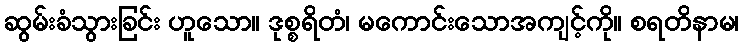
ဆွမ်းခံသွားခြင်း ဟူသော။ ဒုစ္စရိတံ၊ မကောင်းသောအကျင့်ကို။ စရတိနာမ၊